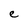
Character: e